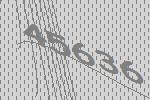
45636